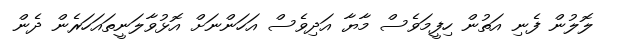
ލޮލުން ފެނި އަތުން ހިފީމަވެސް މާޔާ އަދިވެސް އަހަންނަށް އޮޅުވާލަނީތައަހަރެން ދެން